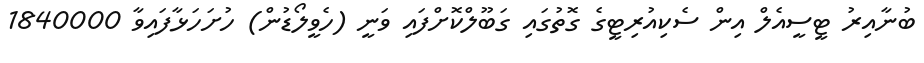
ބުނާއިރު ޓީސީއެލް އިން ސެކިއުރިޓީގެ ގޮތުގައި ގަބޫލްކޮށްފައި ވަނީ (ހެވީލޯޑުން) ހުށަހަޅާފައިވާ 1840000